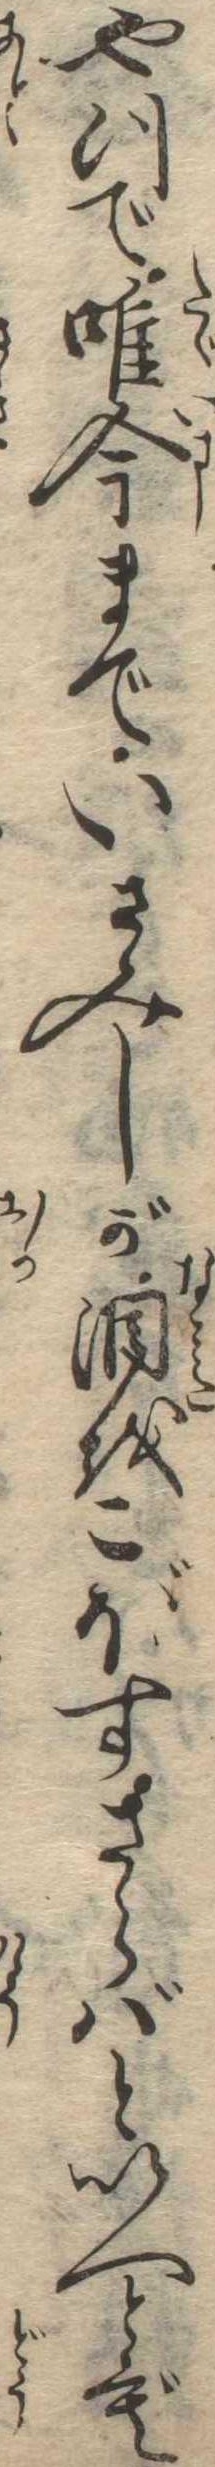
やつで唯今までいさみしが涙をこぼすさらばといへとも